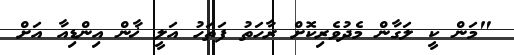
"މަން ކީ ލަގާން މެދުވެރިކޮށް ރާހަތު ފަތަހު އަލީ ޚާން އިންޑިއާ އަށް